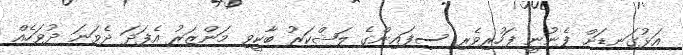
އަޅުގަނޑަށް ފެނުނީ ފަހުރިވެރި ސިފައިންގެ ލަޝްކަރު ބާކީވި މަންޒަރު އެފަދަ ދެވަނަ ދުވަހެއް